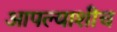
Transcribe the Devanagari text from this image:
आपल्याशीच